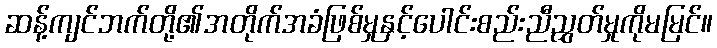
ဆန့်ကျင်ဘက်တို့၏အတိုက်အခံဖြစ်မှုနှင့်ပေါင်းစည်းညီညွှတ်မှုကိုမမြင်။